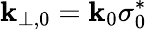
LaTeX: \mathbf{k}_{\perp,0}=\mathbf{k}_{0}\sigma_{0}^{*}